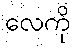
လေကို